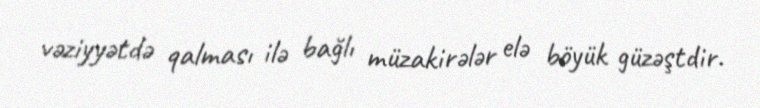
vəziyyətdə qalması ilə bağlı müzakirələr elə böyük güzəştdir.